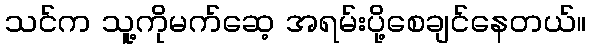
သင်က သူ့ကိုမက်ဆေ့ အရမ်းပို့စေချင်နေတယ်။